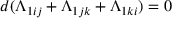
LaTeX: d ( \Lambda _ { 1 i j } + \Lambda _ { 1 j k } + \Lambda _ { 1 k i } ) = 0